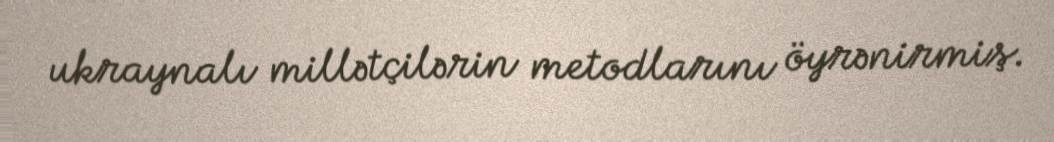
ukraynalı millətçilərin metodlarını öyrənirmiş.